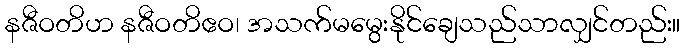
နဇီဝတိဟ နဇီဝတိဧဝ၊ အသက်မမွေးနိုင်ချေသည်သာလျှင်တည်း။